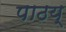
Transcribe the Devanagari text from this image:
पाठय्